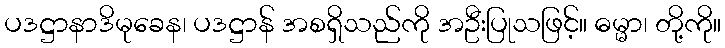
ပဒဋ္ဌာနာဒိမုခေန၊ ပဒဋ္ဌာန် အစရှိသည်ကို အဦးပြုသဖြင့်။ ဓမ္မာ၊ တို့ကို။